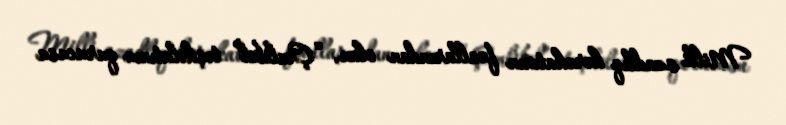
Milli azadlıq hərəkatının fəallarından olan, “Çənlibel” təşkilatının qurucusu